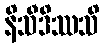
နိသီဒိဿသိ